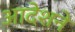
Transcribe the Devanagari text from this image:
आदेशने